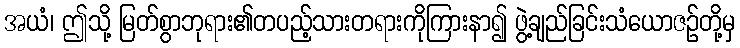
အယံ၊ ဤသို့ မြတ်စွာဘုရား၏တပည့်သားတရားကိုကြားနာ၍ ဖွဲ့ချည်ခြင်းသံယောဇဉ်တို့မှ